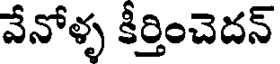
వేనోళ్ళ కీర్తించెదన్